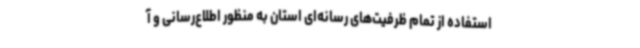
استفاده از تمام ظرفیت‌های رسانه‌ای استان به منظور اطلاع‌رسانی و آ